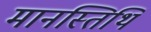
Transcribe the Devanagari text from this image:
मानस्तिथि